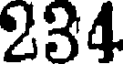
234